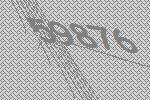
59876